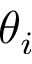
\theta _ { i }